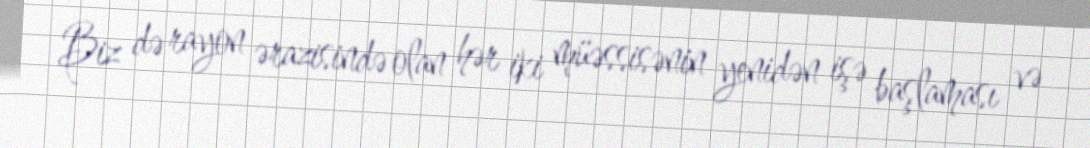
Biz də rayon ərazisində olan hər iki müəssisənin yenidən işə başlaması və